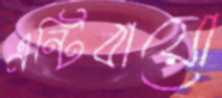
এন্টিবায়ো